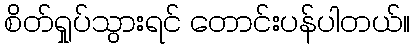
စိတ်ရှုပ်သွားရင် တောင်းပန်ပါတယ်။